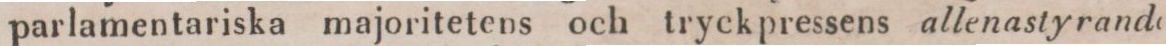
parlamentariska majoritetens och tryckpressens allenastyrande